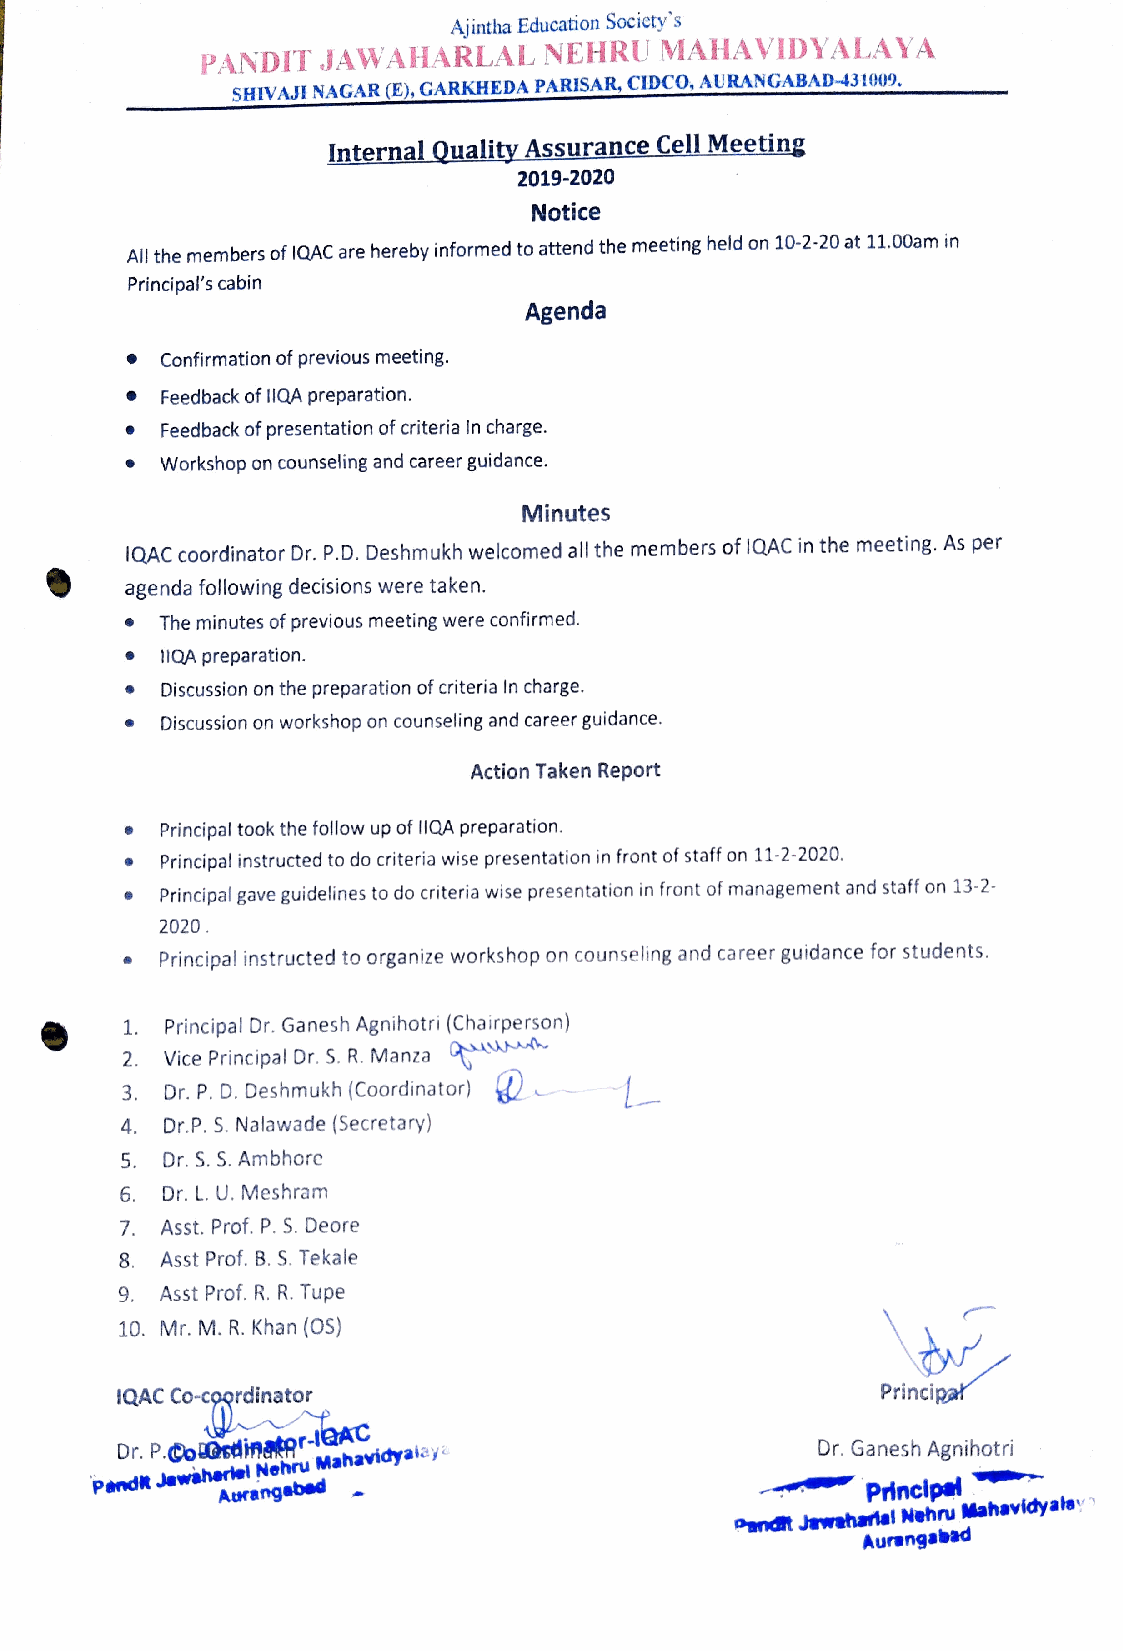
Ajintha Education Socicty's
 NEHRU   MAHAVIDYALAYA
 PANDIT  JAWAHARLAL
 SHIVAJI NAGAR (E), GARKHEDA PARISAR, CIDC0, AURANGABAD-431009.
 InternalQ uality Assurance Cell Meeting
 019-2020
 Notice
 All the members of IQAC are hereby informed to attend the meeting held on 10-2-20 at 11.00am in
 Principal's cabin
 Agenda
 Confirmation of previous meeting.
 Feedback of l1QA preparation.
 Feedback of presentation of criteria In charge.
 Workshop on counseling and career guidance.
 Minutes
 QAC coordinator Dr. P.D. Deshmukh welcomed all the members of IQAC in the meeting. As per
 agenda following decisions were taken.
 The minutes of previous meeting were confirmed.
 11QA preparation.
 Discussion on the preparation of criteria In charge.
 Discussion on workshop on counseling and career guidance.
 Action Taken Report
 Principal took the follow up of lIQA preparation.
 Principal instructed to do criteria wise presentation in front of staff on 11-2-2020.
 Principal gave guidelines to do criteria wise presentation in front of management and staff on 13-2-
 2020
 Principal instructed to organize workshop on counseling and career guidance for students.
 1  Principal Dr. Ganesh Agnihotri (Chairperson)
 2. Vice Principal Dr. S. R. Manza
 3  Dr. P. D. Deshmukh (Coordinator)
 4. Dr.P. S. Nalawade (Secretary)
 5. Dr. S. S. Ambhore
 6. Dr. L. U. Meshram
 7. Asst. Prof. P. S. Deore
 Asst Prof. B. S. Tekale
 9  Asst Prof. R. R. Tupe
 10. Mr. M. R. Khan (OS)
 Principa
 QAC Co-coordinator
 Dr. P.Co@cdinator-1AC                         Dr. Ganesh Agnihotri
 Nehru Mahavidyalaya
 Pandk Jawaherel                                    Principal
 Arangebed
 andt Jwehanel Nehru Mahavidyalay
 Aurangabad